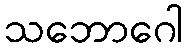
သဘောဂေါ